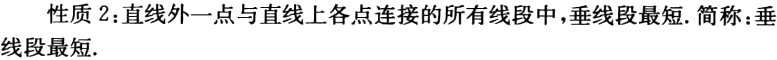
性质 2：直线外一点与直线上各点连接的所有线段中，垂线段最短. 简称：垂线段最短.